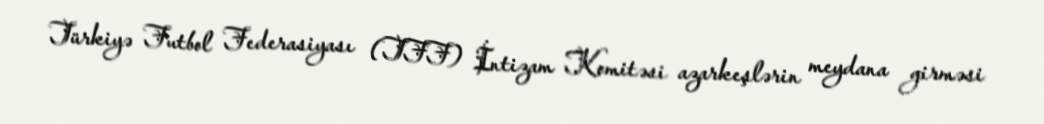
Türkiyə Futbol Federasiyası (TFF) İntizam Komitəsi azarkeşlərin meydana girməsi